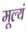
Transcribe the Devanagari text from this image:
मूल्यं